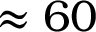
\approx 6 0